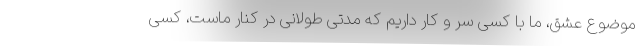
موضوع عشق، ما با کسی سر و کار داریم که مدتی طولانی در کنار ماست، کسی